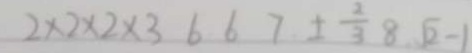
2 \times 2 \times 2 \times 3 6 6 7 \pm \frac { 2 } { 3 } 8 . \sqrt { 2 } - 1